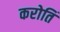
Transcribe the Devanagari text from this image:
करोतिं